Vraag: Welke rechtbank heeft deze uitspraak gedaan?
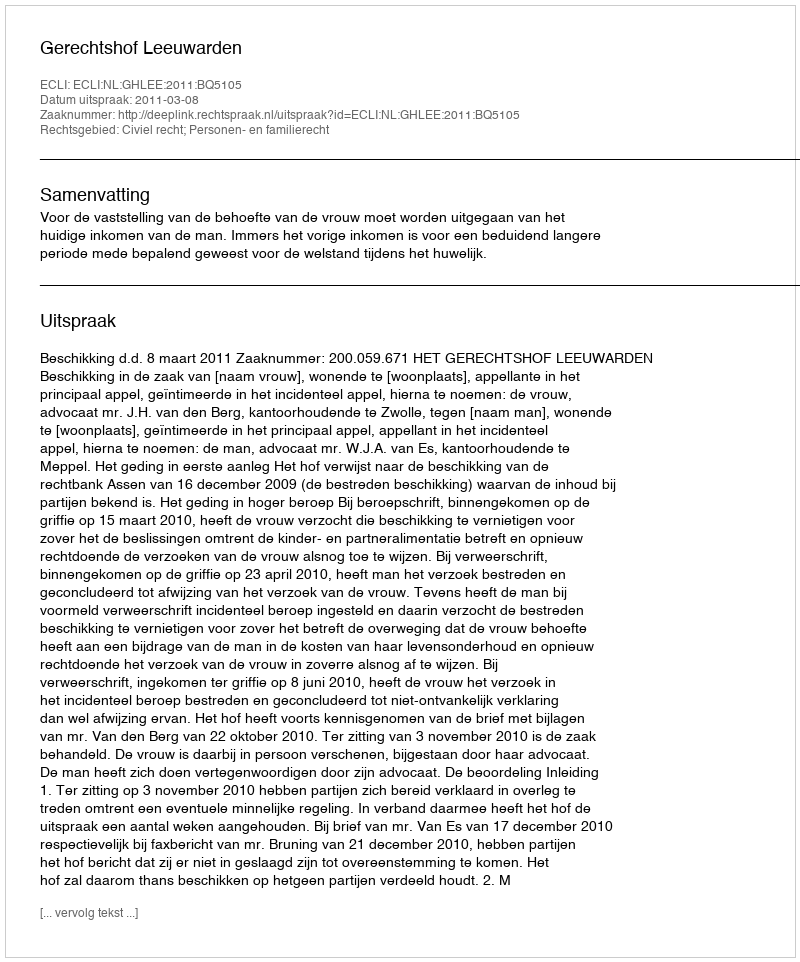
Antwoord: Gerechtshof Leeuwarden